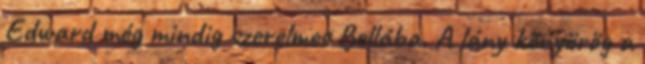
Edward még mindig szerelmes Bellába. A lány könyörög a